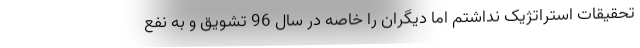
تحقیقات استراتژیک نداشتم اما دیگران را خاصه در سال 96 تشویق و به نفع